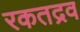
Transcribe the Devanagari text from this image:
रकतद्रव